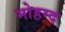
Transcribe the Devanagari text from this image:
मोहम्द